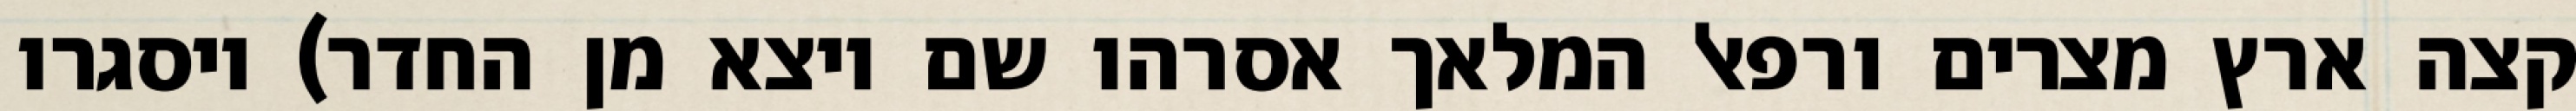
קצה ארץ מצרים ורפאל המלאך אסרהו שם ויצא מן החדר) ויסגרו